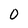
Character: 0